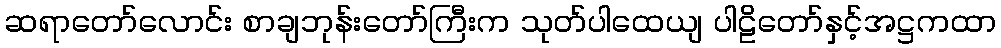
ဆရာတော်လောင်း စာချဘုန်းတော်ကြီးက သုတ်ပါထေယျ ပါဠိတော်နှင့်အဋ္ဌကထာ